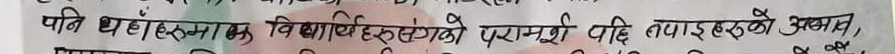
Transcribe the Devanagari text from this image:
पनि थारुहरुमा कि विद्यार्थीहरुसँगको परामर्श पछि तपाईंहरुको अभाव,